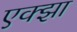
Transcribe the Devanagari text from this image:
एक्झा